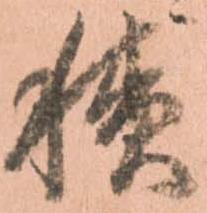
積